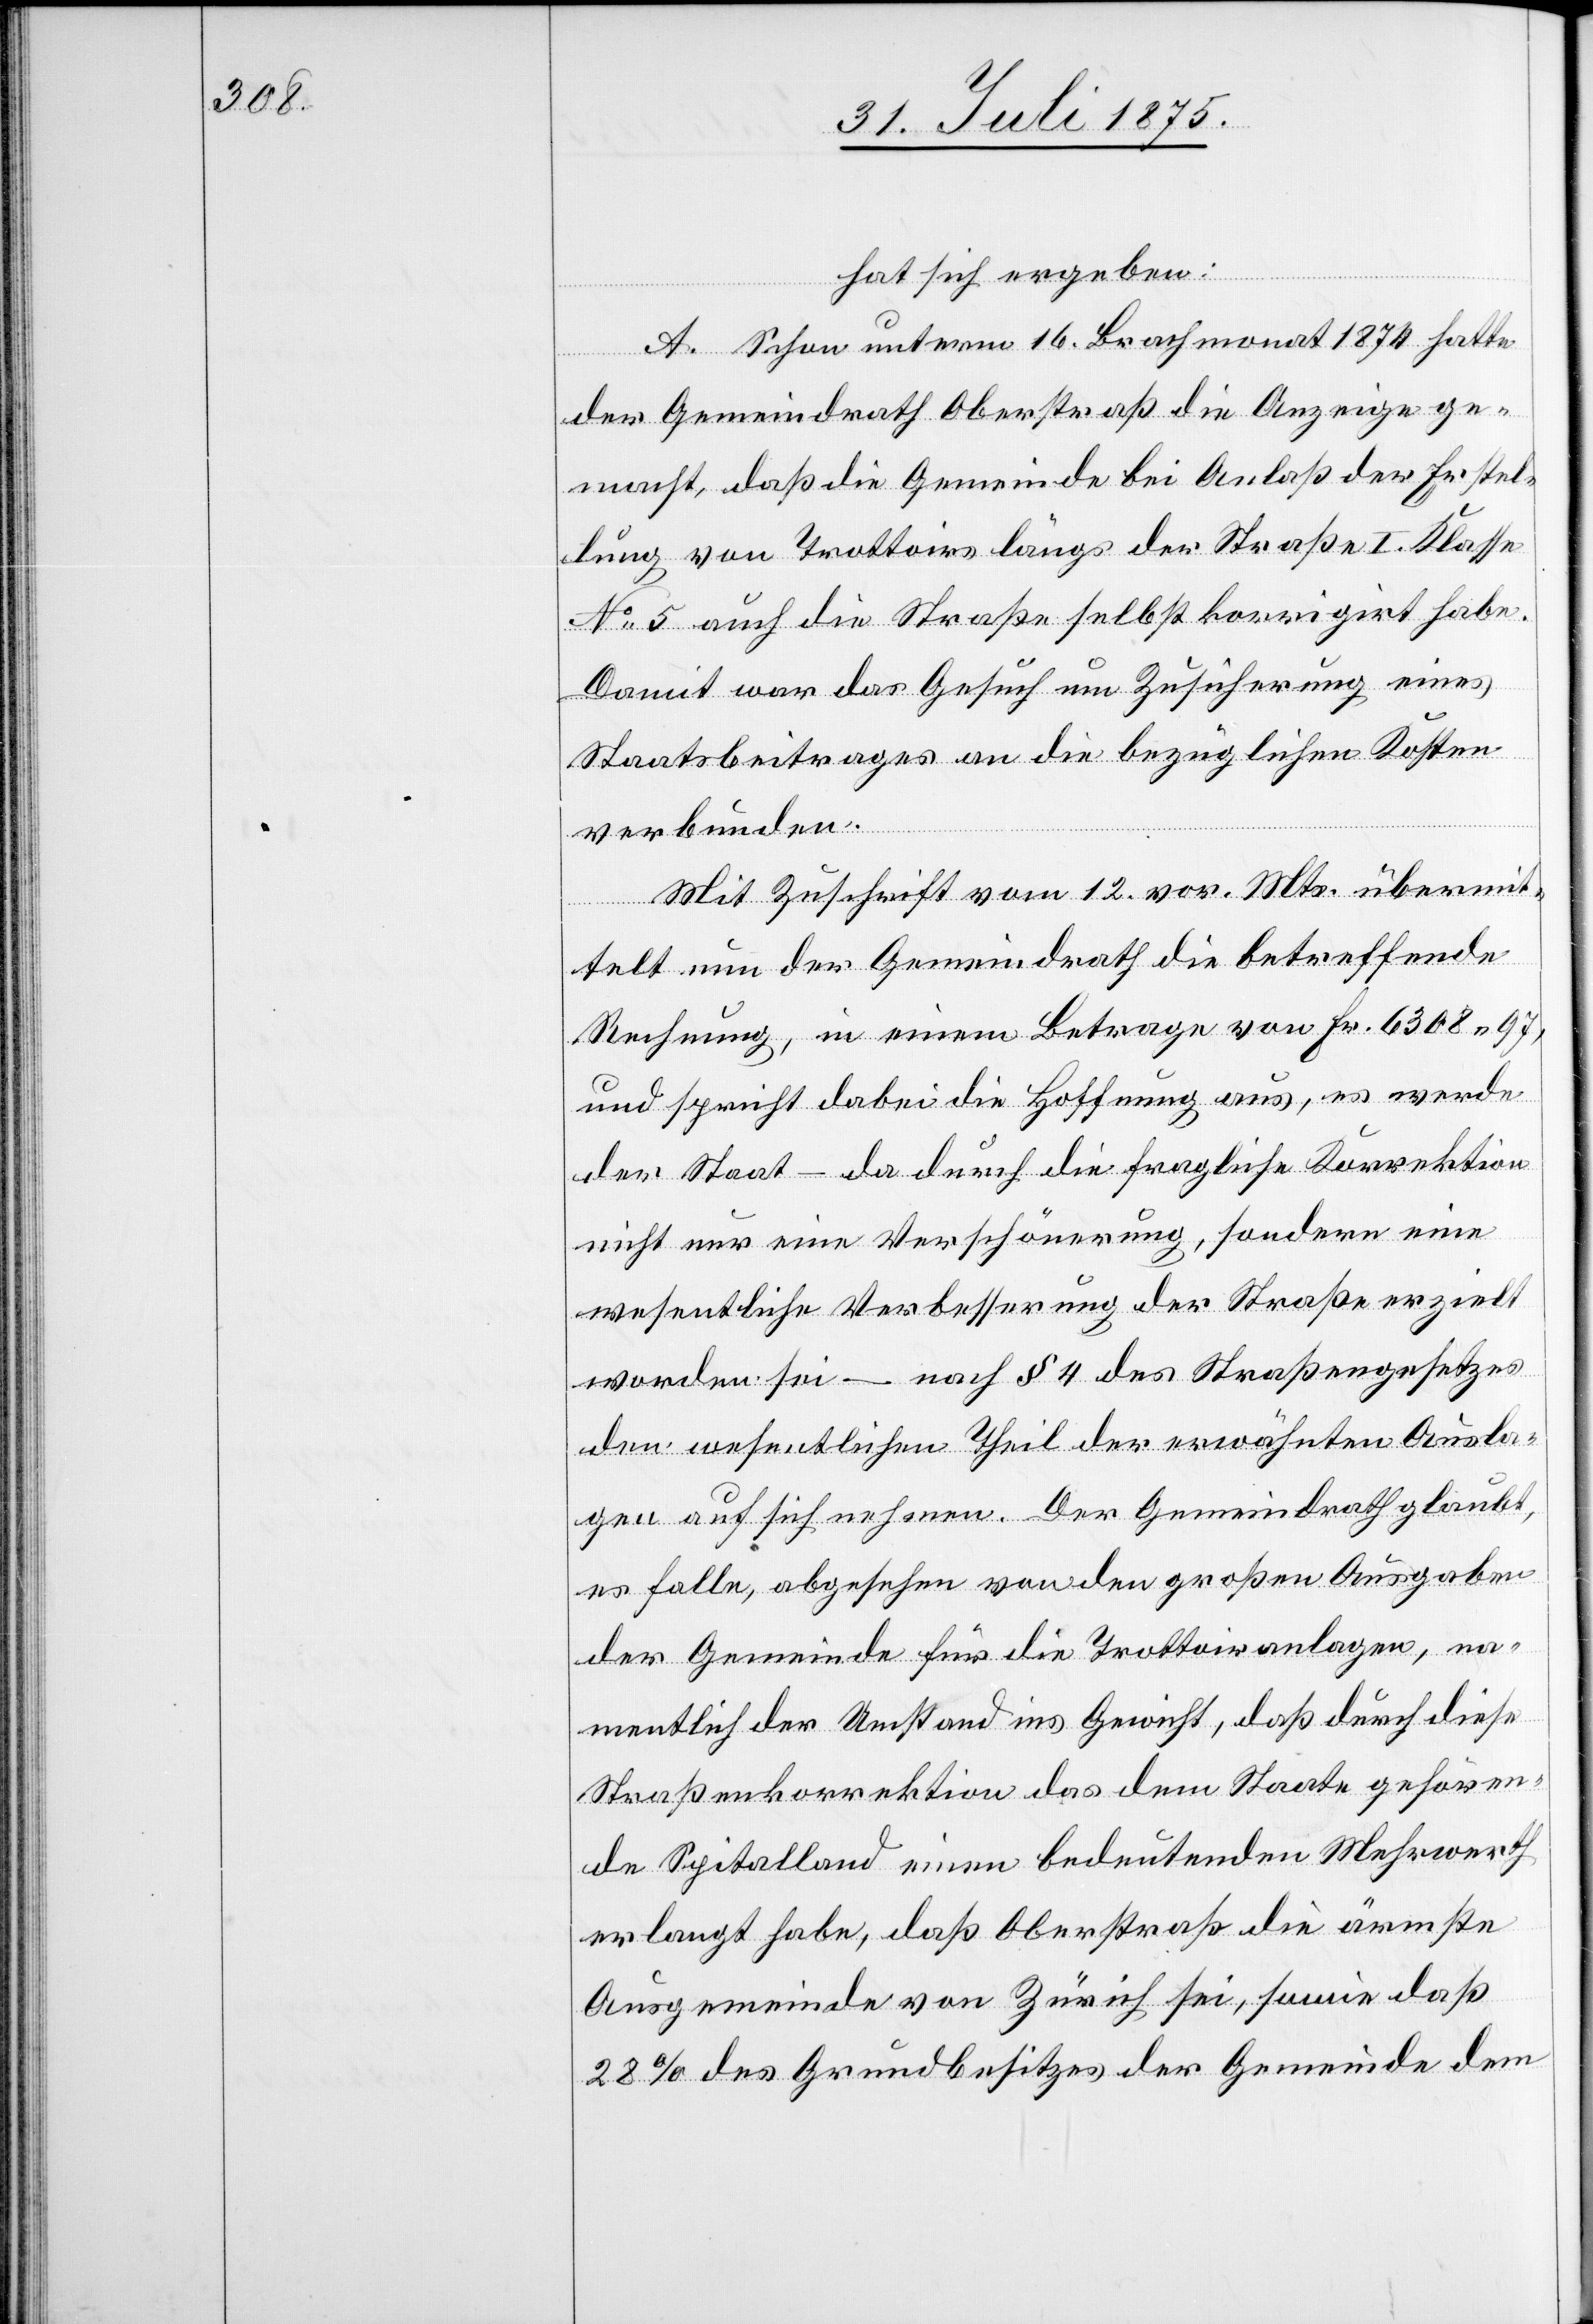
hat sich ergeben:
A. Schon unterm 16. Brachmonat 1874 hatte
der Gemeindrath Oberstraß die Anzeige ge¬
macht, daß die Gemeinde bei Anlaß der Erstel¬
lung von Trottoirs längs der Straße I. Klasse
No 5 auch die Straße selbst korrigirt habe.
Damit war das Gesuch um Zusicherung eines
Staatsbeitrages an die bezüglichen Kosten
verbunden.
Mit Zuschrift vom 12. vor. Mts. übermit¬
telt nun der Gemeindrath die betreffende
Rechnung, in einem Betrage von Fr. 6308 97,
und spricht dabei die Hoffnung aus, es werde
der Staat – da durch die fragliche Korrektion
nicht nur eine Verschönerung, sondern eine
wesentliche Verbesserung der Straße erzielt
worden sei – nach § 4 des Straßengesetzes
den wesentlichen Theil der erwähnten Ausla¬
gen auf sich nehmen. Der Gemeindrath glaubt,
es falle, abgesehen von den großen Ausgaben
der Gemeinde für die Trottoiranlagen, na¬
mentlich der Umstand ins Gewicht, daß durch diese
Straßenkorrektion das dem Staate gehören¬
de Spitalland einen bedeutenden Mehrwerth
erlangt habe, daß Oberstraß die ärmste
Ausgemeinde von Zürich sei, sowie daß
28% des Grundbesitzes der Gemeinde dem